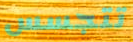
تتجسس